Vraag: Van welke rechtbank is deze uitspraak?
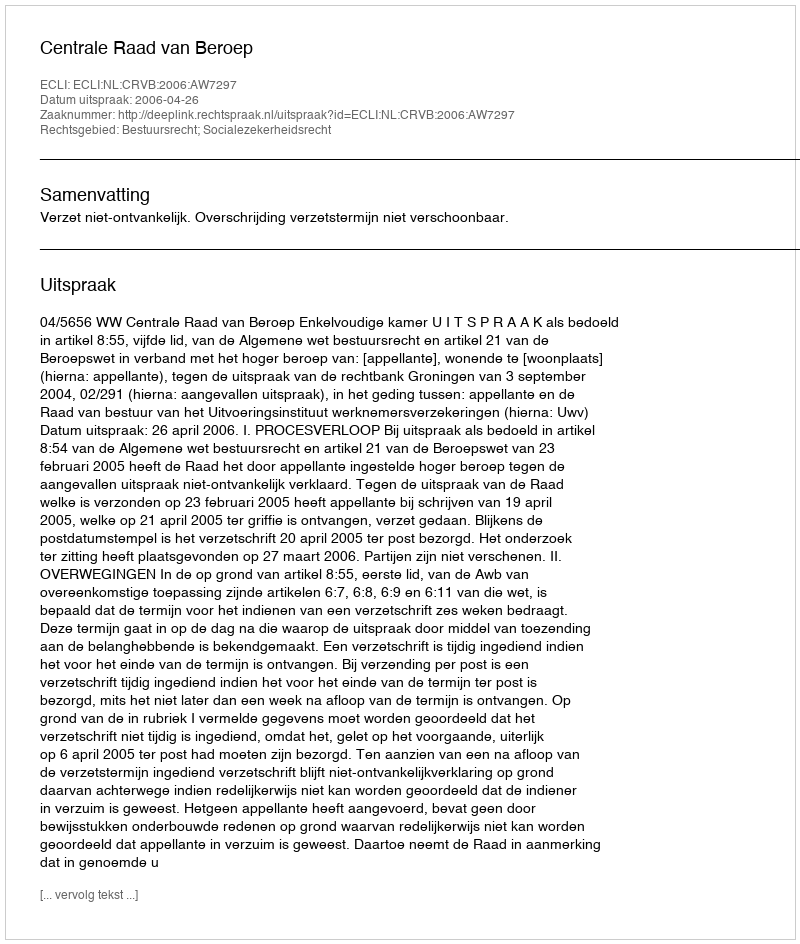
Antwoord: Centrale Raad van Beroep